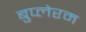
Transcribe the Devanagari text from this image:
बुप्लेरम